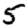
Digit: 5